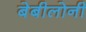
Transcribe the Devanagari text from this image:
बेबीलोनी